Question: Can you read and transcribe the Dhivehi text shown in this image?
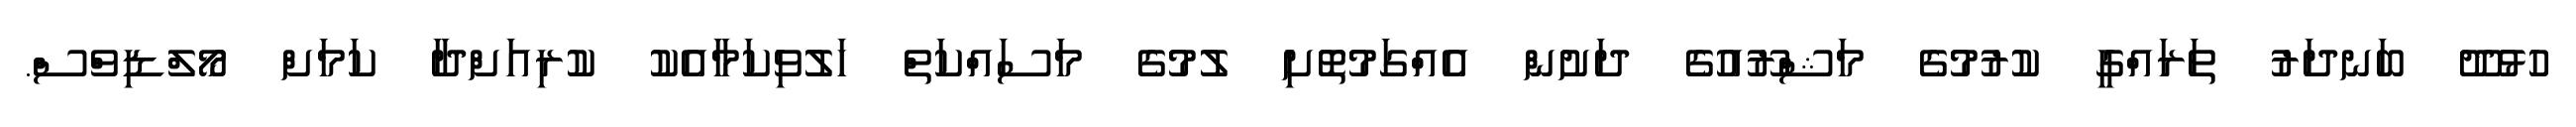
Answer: ހުޅުދޫ ބަނދަރު ތަރައްގީ ކުރުމުގެ މަޝްރޫއުގެ ދަށުން އެއްގަމުތޮށި ލުމުގެ މަސައްކަތް ހަލުވިކަމާއެކު ކުރިއަށްދާ ކަމަށް މޯލްޑިވްސް.